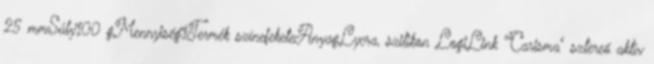
25 mmSúly100 gMennyiség1Termék színefeketeAnyagLycra, szilikon LogiLink "Carisma" sztereó aktív